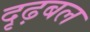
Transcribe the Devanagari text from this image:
दृढ़बल